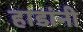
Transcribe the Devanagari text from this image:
हाडांनी